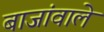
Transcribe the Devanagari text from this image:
बाजांवाले